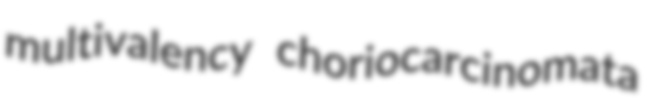
multivalency choriocarcinomata